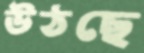
উঠছে